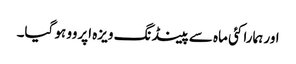
اور ہمارا کئی ماہ سے پینڈنگ ویزہ اپروو ہو گیا۔